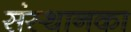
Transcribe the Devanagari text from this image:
संस्थानका